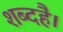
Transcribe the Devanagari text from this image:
शब्दहै।